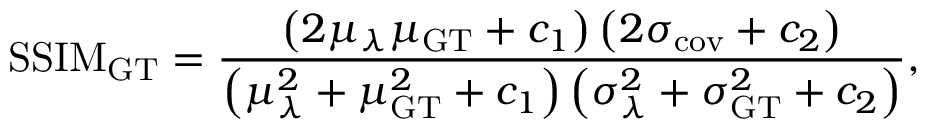
\mathrm { S S I M } _ { \mathrm { G T } } = \frac { \left( 2 \mu _ { \lambda } \mu _ { \mathrm { G T } } + c _ { 1 } \right) \left( 2 \sigma _ { \mathrm { c o v } } + c _ { 2 } \right) } { \left( \mu _ { \lambda } ^ { 2 } + \mu _ { \mathrm { G T } } ^ { 2 } + c _ { 1 } \right) \left( \sigma _ { \lambda } ^ { 2 } + \sigma _ { \mathrm { G T } } ^ { 2 } + c _ { 2 } \right) } ,